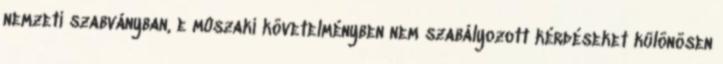
nemzeti szabványban, e mûszaki követelményben nem szabályozott kérdéseket különösen